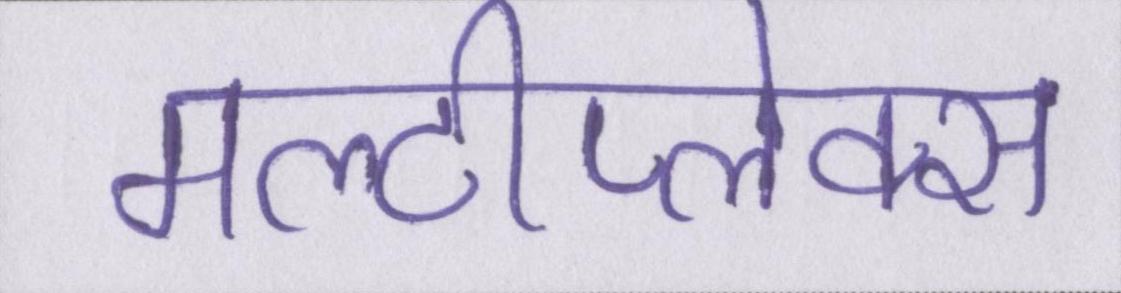
मल्टीप्लेक्स